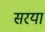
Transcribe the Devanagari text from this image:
सरयां